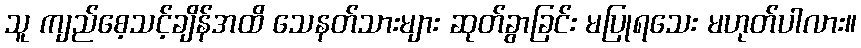
သူ ကျည်စေ့သင့်ချိန်အထိ သေနတ်သားများ ဆုတ်ခွာခြင်း မပြုရသေး မဟုတ်ပါလား။